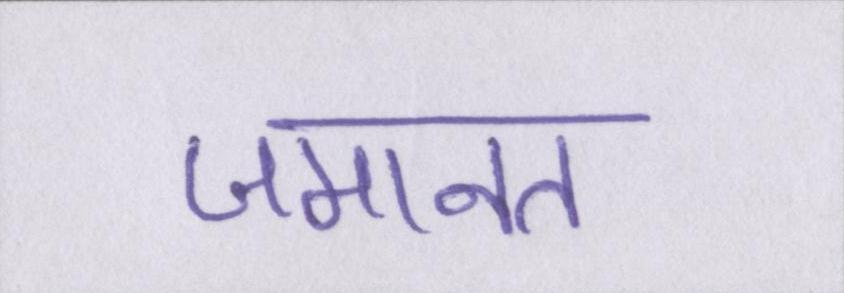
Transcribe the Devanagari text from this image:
जमानत